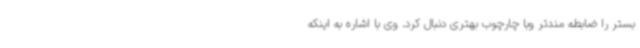
بستر را ضابطه مندتر وبا چارچوب بهتری دنبال کرد. وی با اشاره به اینکه